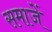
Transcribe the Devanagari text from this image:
समाजें